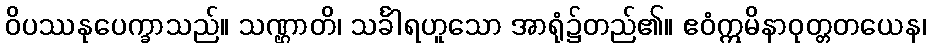
ဝိပဿနုပေက္ခာသည်။ သဏ္ဌာတိ၊ သင်္ခါရဟူသော အာရုံ၌တည်၏။ ဧဝံဣမိနာဝုတ္တတယေန၊